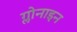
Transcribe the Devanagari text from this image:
ग्लोनाइन